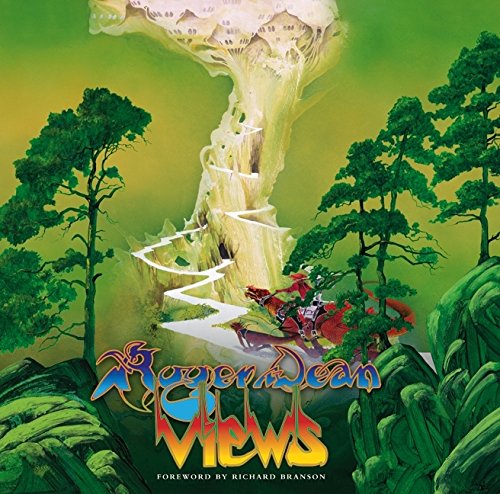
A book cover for Views; Roger Dean; Comics & Graphic Novels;